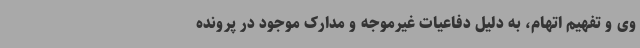
وی و تفهیم اتهام، به دلیل دفاعیات غیرموجه و مدارک موجود در پرونده